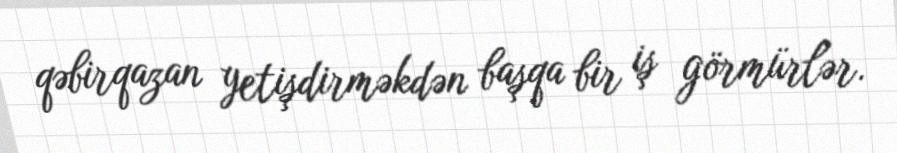
qəbirqazan yetişdirməkdən başqa bir iş görmürlər.